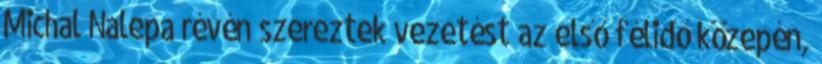
Michal Nalepa révén szereztek vezetést az első félidő közepén,